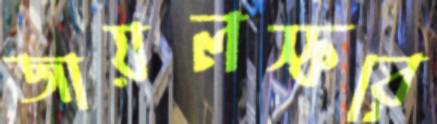
জায়লস্করে